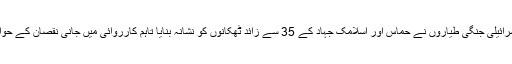
عرب ٹی وی رپورٹ کے مطابق اسرائیلی جنگی طیاروں نے حماس اور اسلامک جہاد کے 35 سے زائد ٹھکانوں کو نشانہ بنایا تاہم کارروائی میں جانی نقصان کے حوالے سے اطلاعات سامنے نہیں آئیں۔